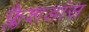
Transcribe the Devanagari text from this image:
फ्लैशडांस